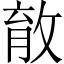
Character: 𰕎